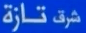
شرق تازة